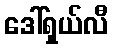
ဒေါ်ရှယ်လီ